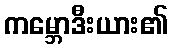
ကမ္ဘောဒီးယား၏